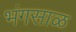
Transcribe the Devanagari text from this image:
भंगसाळ